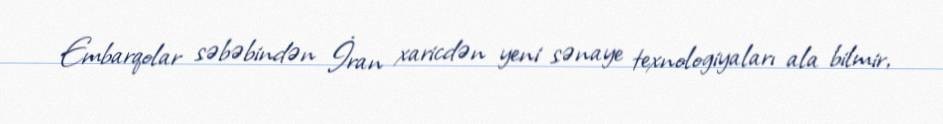
Embarqolar səbəbindən İran xaricdən yeni sənaye texnologiyaları ala bilmir,